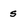
Character: s